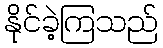
နိုင်ခဲ့ကြသည်